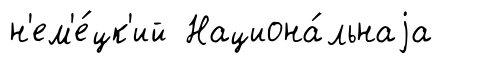
н'ем'е́цк'ий Национа́льнаjа